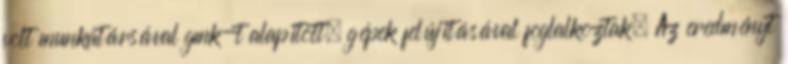
volt munkatársával gmk-t alapított, gépek felújításával foglalkoztak. Az eredményt